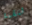
للقمة